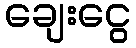
ချေးငွေ